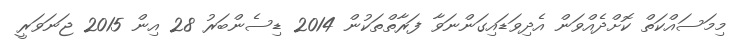
މިމަސައްކަތް ކޮށްދެއްވަން އެދިވަޑައިގަންނަވާ ފަރާތްތަކުން 2014 ޑިސެންބަރު 28 އިން 2015 ޖަނަވަރީ